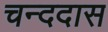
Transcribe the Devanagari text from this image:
चन्ददास